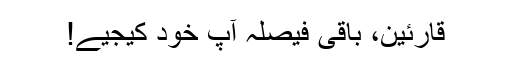
قارئین، باقی فیصلہ آپ خود کیجیے!